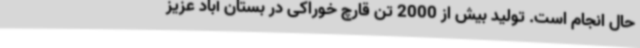
حال انجام است. تولید بیش از 2000 تن قارچ خوراکی در بستان آباد عزیز